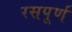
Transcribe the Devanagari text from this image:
रसपूर्णं